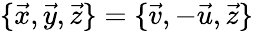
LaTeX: \{ \vec{x},\vec{y},\vec{z}\} =\{ \vec{v},-\vec{u},\vec{z}\}